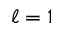
\ell = 1